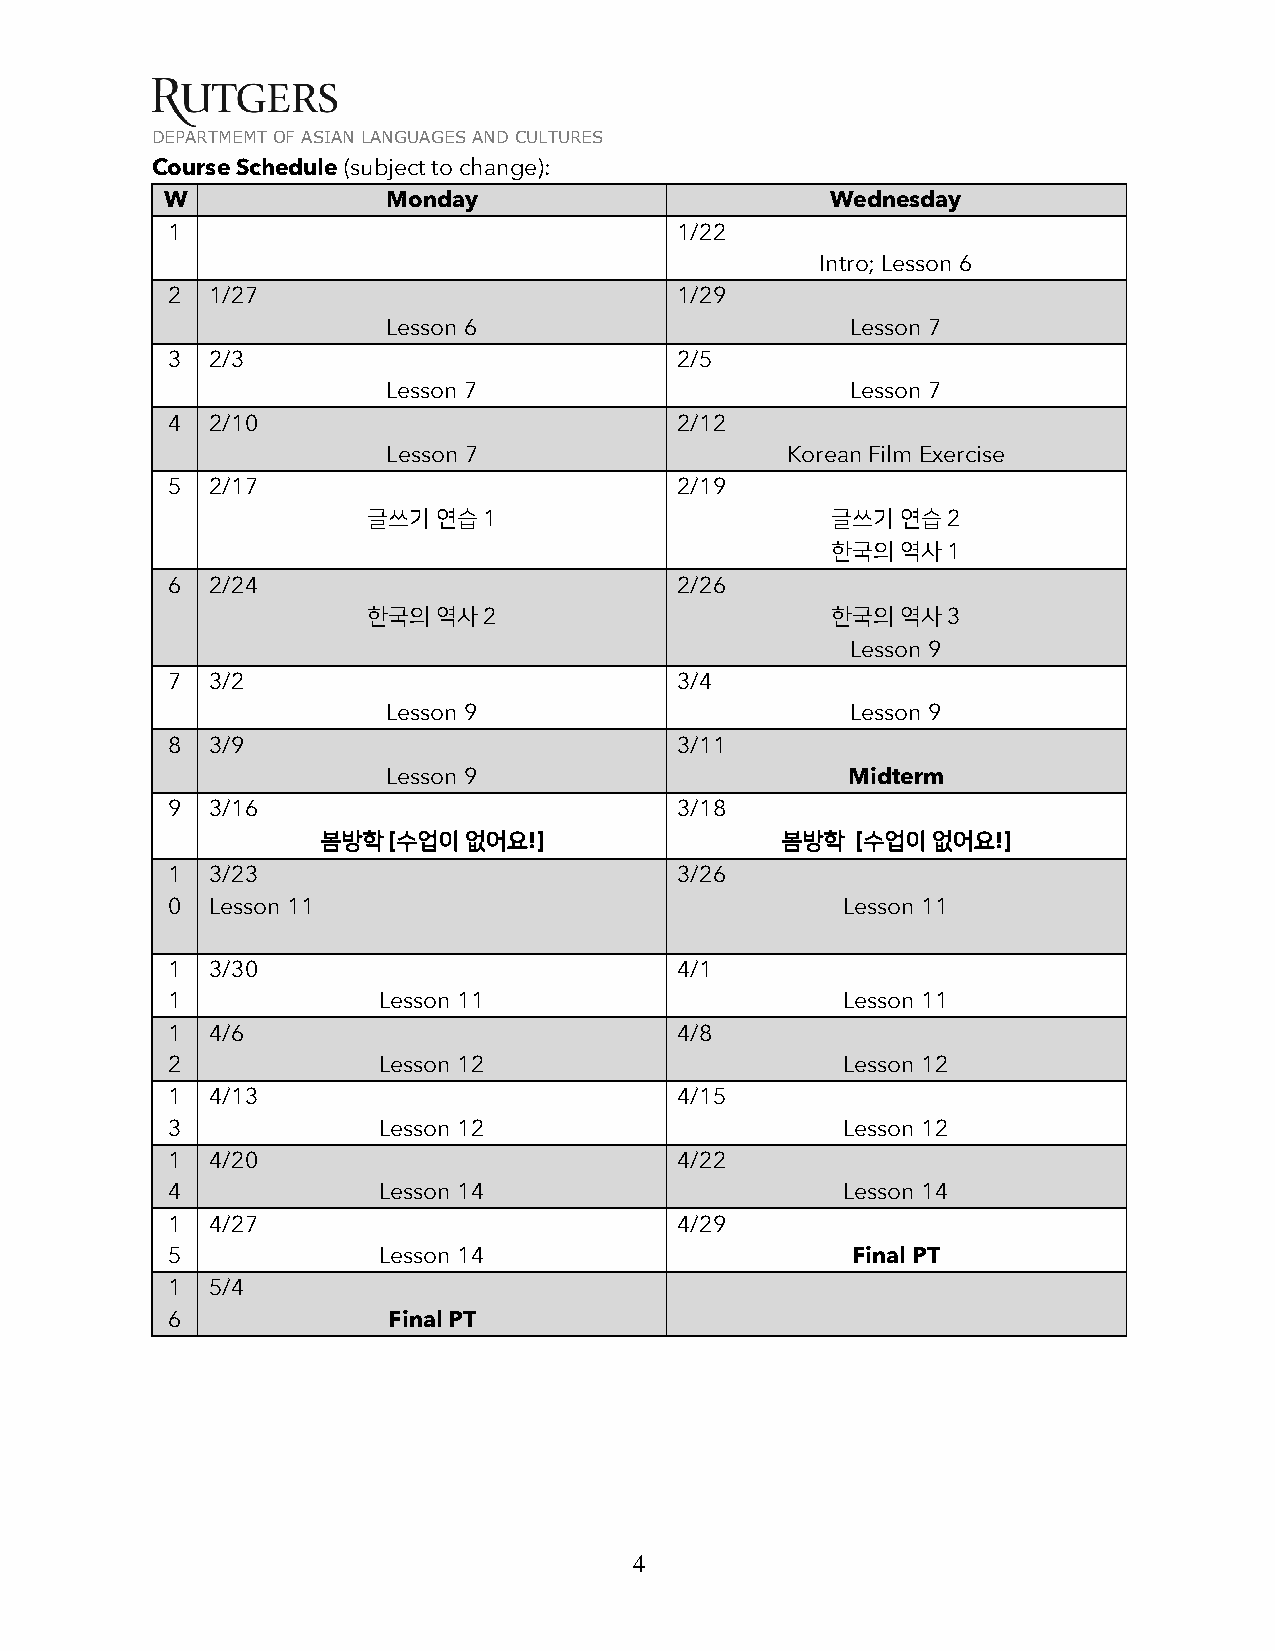
DEPARTMEMT OF ASIAN LANGUAGES AND CULTURES
 Course Schedule (subject to change):
 W              Monday                       Wednesday
 1                                 1/22
 Intro; Lesson 6
 2  1/27                           1/29
 Lesson 6                      Lesson 7
 3  2/3                            2/5
 Lesson 7                      Lesson 7
 4  2/10                           2/12
 Lesson 7                  Korean Film Exercise
 5  2/17                           2/19
 글쓰기  연습 1                      글쓰기  연습 2
 한국의  역사 1
 6  2/24                           2/26
 한국의  역사 2                      한국의  역사 3
 Lesson 9
 7  3/2                            3/4
 Lesson 9                      Lesson 9
 8  3/9                            3/11
 Lesson 9                      Midterm
 9  3/16                           3/18
 봄방학  [수업이 없어요!]                봄방학  [수업이 없어요!]
 1  3/23                           3/26
 0  Lesson 11                                 Lesson 11
 1  3/30                           4/1
 1             Lesson 11                      Lesson 11
 1  4/6                            4/8
 2             Lesson 12                      Lesson 12
 1  4/13                           4/15
 3             Lesson 12                      Lesson 12
 1  4/20                           4/22
 4             Lesson 14                      Lesson 14
 1  4/27                           4/29
 5             Lesson 14                      Final PT
 1  5/4
 6              Final PT
 4